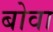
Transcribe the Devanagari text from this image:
बोवा